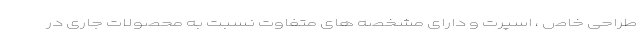
طراحی خاص ، اسپرت و دارای مشخصه های متفاوت نسبت به محصولات جاری در